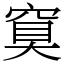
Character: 䆩